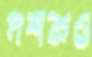
দশকও